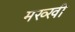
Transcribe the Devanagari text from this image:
मख्खी